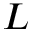
L